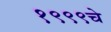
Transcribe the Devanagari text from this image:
१९९९चे